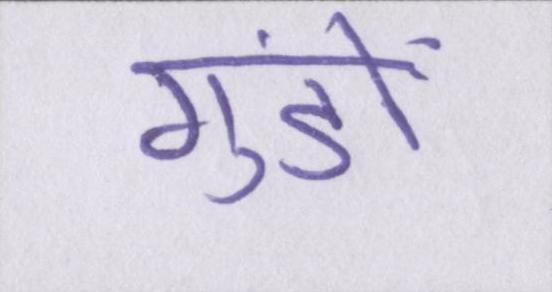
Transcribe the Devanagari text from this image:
गुंडों